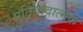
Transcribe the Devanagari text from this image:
प्रतिवादात्मक